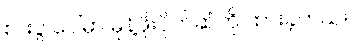
စားပွဲ ပေါ်မှာ မုန့်ဖိုးပိုက်ဆံကို ထားခဲ့တယ်။